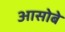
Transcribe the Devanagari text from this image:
आसोबे